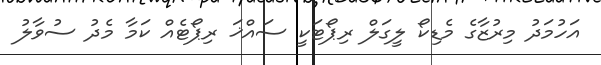
އަހުމަދު މިރުޒާގެ މެޑިކޯ ލީގަލް ރިޕޯޓަކީ ސައްޚަ ރިޕޯޓެއް ކަމާ މެދު ސުވާލު